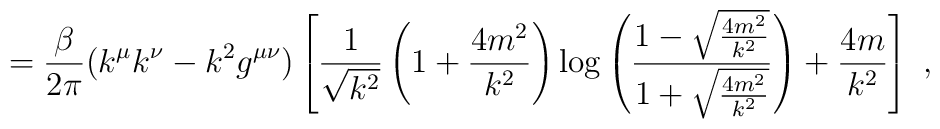
=\frac{\beta}{2\pi}(k^{\mu}k^{\nu}-k^2g^{\mu \nu})\left[\frac{1}{\sqrt{k^2}}\left(1+\frac{4m^2}{k^2}\right)\log \left(\frac{1-\sqrt{\frac{4m^2}{k^2}}}{1+\sqrt{\frac{4m^2}{k^2}}}\right)+\frac{4m}{k^2}\right]\,\,,